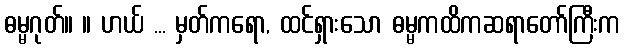
ဓမ္မဂုတ်။ ။ ဟယ် ... မှတ်ကရော, ထင်ရှားသော ဓမ္မကထိကဆရာတော်ကြီးက